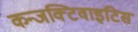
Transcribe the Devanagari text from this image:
कन्जक्टिवाइटिस